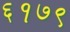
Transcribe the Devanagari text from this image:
६१७९